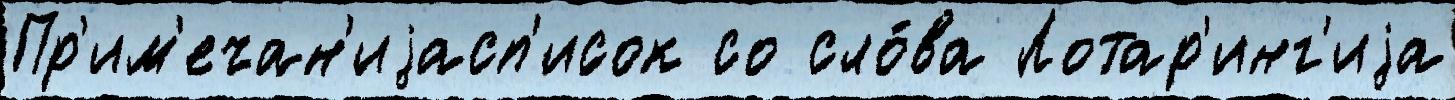
Пр'им'ечан'иjасп'исок со сло́ва Лотар'инг'иjа